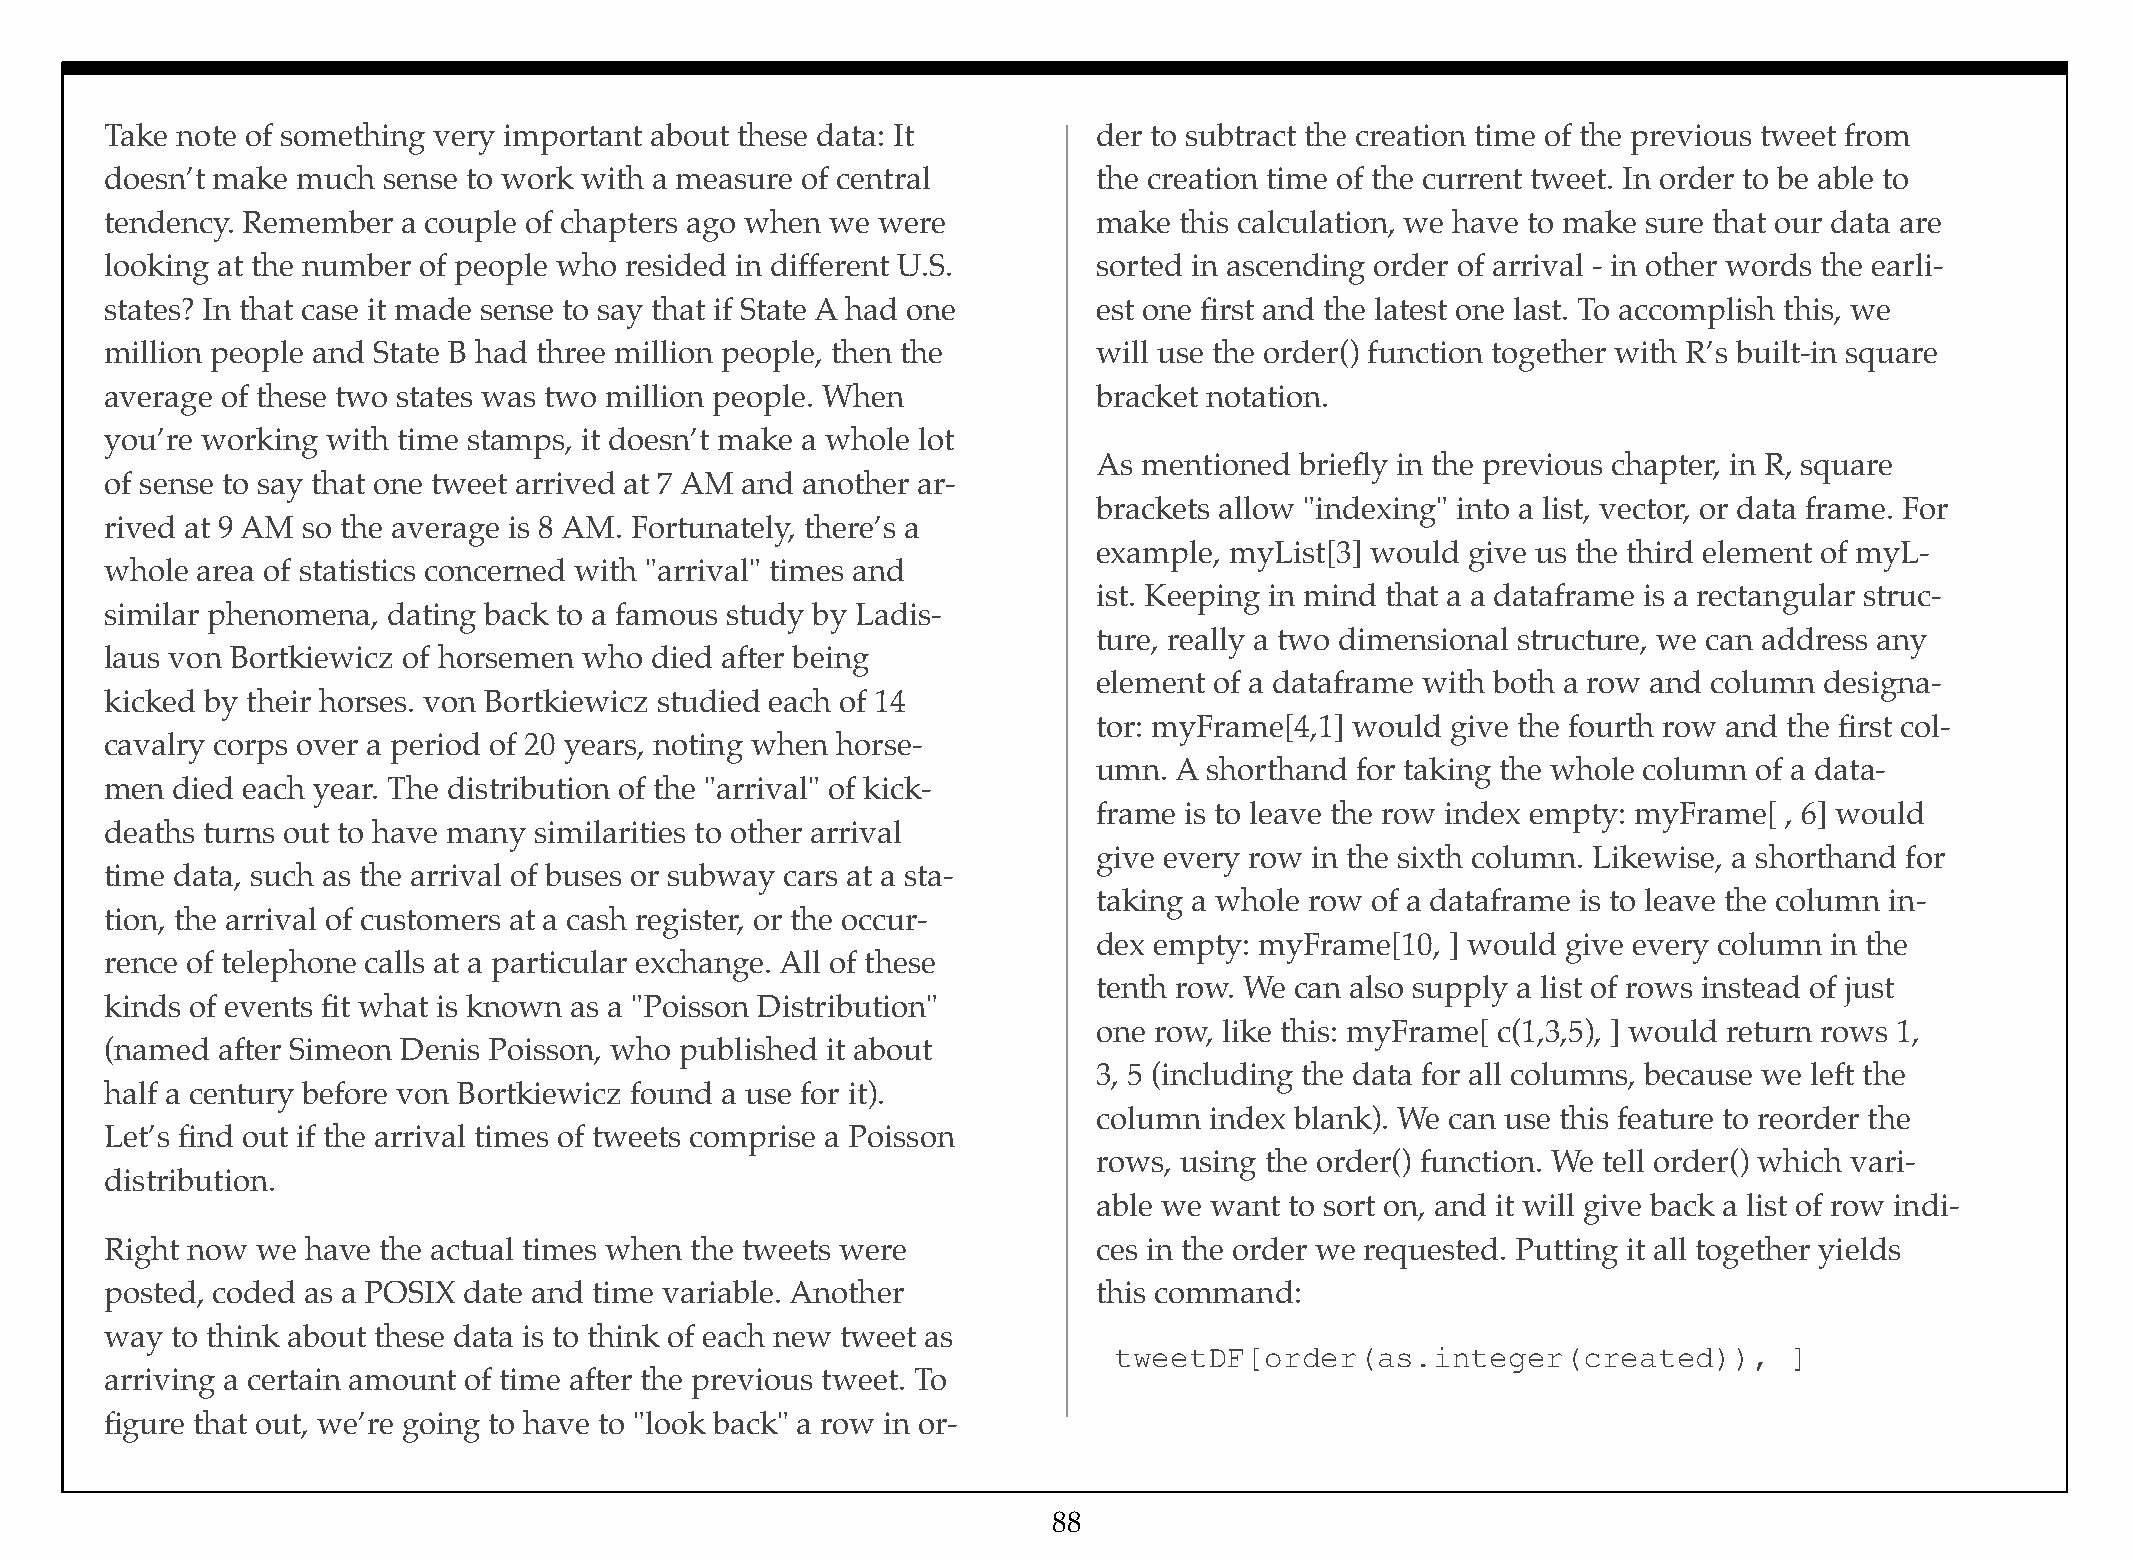
Take note of something very important about these data: It        der to subtract the creation time of the previous tweet from
 doesn’t make much sense to work with a measure of central         the creation time of the current tweet. In order to be able to
 tendency. Remember  a couple of chapters ago when we were         make this calculation, we have to make sure that our data are
 looking at the number of people who resided in different U.S.     sorted in ascending order of arrival - in other words the earli-
 states? In that case it made sense to say that if State A had one est one first and the latest one last. To accomplish this, we
 million people and State B had three million people, then the     will use the order() function together with R’s built-in square
 average of these two states was two million people. When          bracket notation.
 you’re working with time stamps, it doesn’t make a whole lot
 As mentioned briefly in the previous chapter, in R, square
 of sense to say that one tweet arrived at 7 AM and another ar-
 brackets allow "indexing" into a list, vector, or data frame. For
 rived at 9 AM so the average is 8 AM. Fortunately, there’s a
 example, myList[3] would give us the third element of myL-
 whole area of statistics concerned with "arrival" times and
 ist. Keeping in mind that a a dataframe is a rectangular struc-
 similar phenomena, dating back to a famous study by Ladis-
 ture, really a two dimensional structure, we can address any
 laus von Bortkiewicz of horsemen who died after being
 element of a dataframe with both a row and column designa-
 kicked by their horses. von Bortkiewicz studied each of 14
 tor: myFrame[4,1] would give the fourth row and the first col-
 cavalry corps over a period of 20 years, noting when horse-
 umn. A shorthand for taking the whole column of a data-
 men died each year. The distribution of the "arrival" of kick-
 frame is to leave the row index empty: myFrame[ , 6] would
 deaths turns out to have many similarities to other arrival
 give every row in the sixth column. Likewise, a shorthand for
 time data, such as the arrival of buses or subway cars at a sta-
 taking a whole row of a dataframe is to leave the column in-
 tion, the arrival of customers at a cash register, or the occur-
 dex empty: myFrame[10, ] would give every column in the
 rence of telephone calls at a particular exchange. All of these
 tenth row. We can also supply a list of rows instead of just
 kinds of events fit what is known as a "Poisson Distribution"
 one row, like this: myFrame[ c(1,3,5), ] would return rows 1,
 (named after Simeon Denis Poisson, who published it about
 3, 5 (including the data for all columns, because we left the
 half a century before von Bortkiewicz found a use for it).
 column index blank). We can use this feature to reorder the
 Let’s find out if the arrival times of tweets comprise a Poisson
 rows, using the order() function. We tell order() which vari-
 distribution.
 able we want to sort on, and it will give back a list of row indi-
 Right now we have the actual times when the tweets were           ces in the order we requested. Putting it all together yields
 posted, coded as a POSIX date and time variable. Another          this command:
 way to think about these data is to think of each new tweet as
 tweetDF[order(as.integer(created)),         ]
 arriving a certain amount of time after the previous tweet. To
 figure that out, we’re going to have to "look back" a row in or-
 88